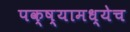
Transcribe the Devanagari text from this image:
पक्ष्यामध्येच